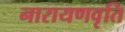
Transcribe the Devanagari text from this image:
नारायणवृति